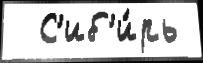
  С'иб'и́рь